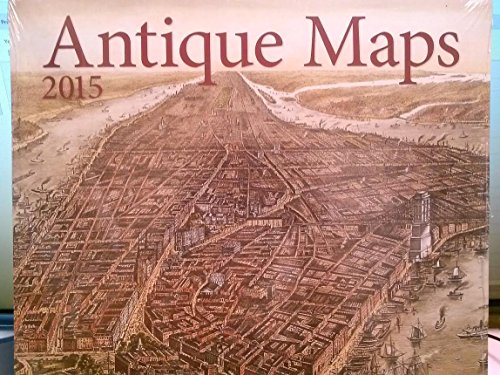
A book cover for Antique Maps 16-Month 2015 Wall Calendar; Calendars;